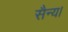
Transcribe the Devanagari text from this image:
सैन्य।